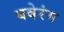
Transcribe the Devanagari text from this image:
बबेरंग